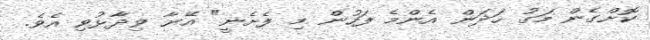
ކޮށްގެން މަގު ހަދަން އެންމެ ފަހުން މި ފެށެނީ" އޭނާ ވިދާޅުވި އެވެ.